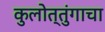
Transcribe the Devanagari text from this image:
कुलोत्तुंगाचा